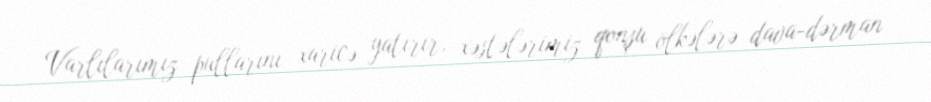
Varlılarımız pullarını xaricə yatırır, xəstələrimiz qonşu ölkələrə dava-dərman